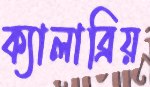
ক্যালাব্রিয়